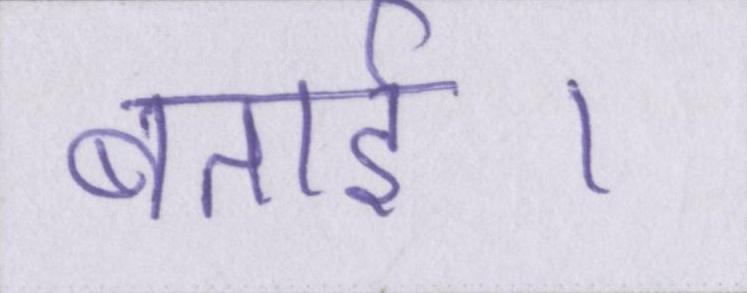
बताई।